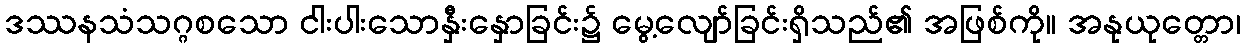
ဒဿနသံသဂ္ဂစသော ငါးပါးသောနှီးနှောခြင်း၌ မွေ့လျော်ခြင်းရှိသည်၏ အဖြစ်ကို။ အနုယုတ္တော၊